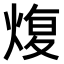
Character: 𤋟